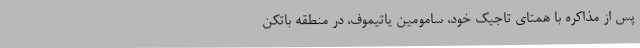
پس از مذاکره با همتای تاجیک خود، سامومین یاتیموف، در منطقه باتکن